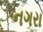
નગરા